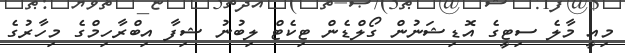
މިއީ މާލެ ސިޓީގެ އޮޑިޝަނުން ގޯލްޑެން ޓިކެޓް ލިބުނު ޝިފާ އިބްރާހިމްގެ މިހާރުގެ